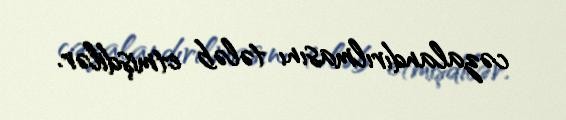
cəzalandırılmasını tələb etmişdilər.